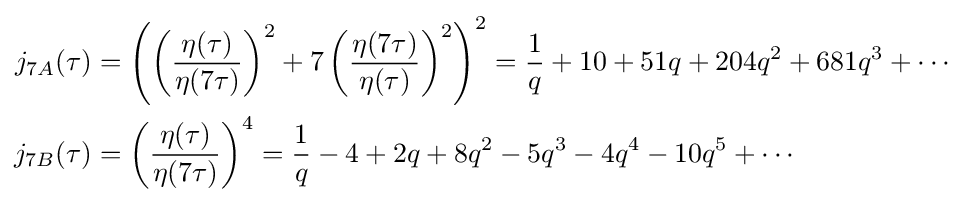
{\begin{aligned}j_{7A}(\tau )&=\left(\left({\frac {\eta (\tau )}{\eta (7\tau )}}\right)^{2}+7\left({\frac {\eta (7\tau )}{\eta (\tau )}}\right)^{2}\right)^{2}={\frac {1}{q}}+10+51q+204q^{2}+681q^{3}+\cdots \\j_{7B}(\tau )&=\left({\frac {\eta (\tau )}{\eta (7\tau )}}\right)^{4}={\frac {1}{q}}-4+2q+8q^{2}-5q^{3}-4q^{4}-10q^{5}+\cdots \end{aligned}}